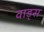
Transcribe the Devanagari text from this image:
वाड्स